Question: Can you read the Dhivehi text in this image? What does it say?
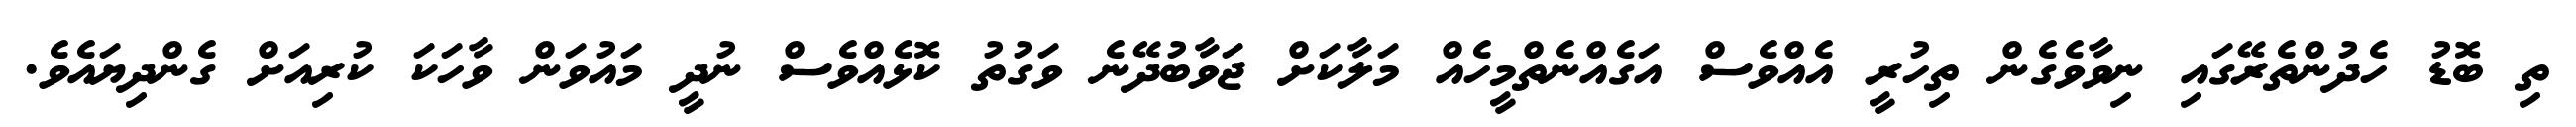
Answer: ތި ބޮޑު ހެދުންތެރޭގައި ނިވާވެގެން ތިހުރީ އެއްވެސް އަގެއްނެތްމީހެއް މަލާކަށް ޖަވާބުދޭނެ ވަގުތު ކޮޅެއްވެސް ނުދީ މައުވަން ވާހަކަ ކުރިއަށް ގެންދިޔައެވެ.